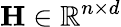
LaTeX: \mathbf{H}\in\mathbb{R}^{n\times d}